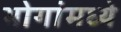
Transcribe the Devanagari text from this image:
भोगांमध्ये